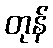
တုန်